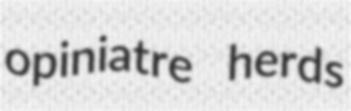
opiniatre herds